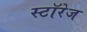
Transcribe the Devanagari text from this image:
स्टॉरेज